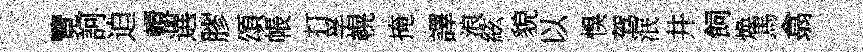
覽訶迫轘選膠頌帳打孚幌掩譯浪絃貌以悞驾泯井飼焕馬翕